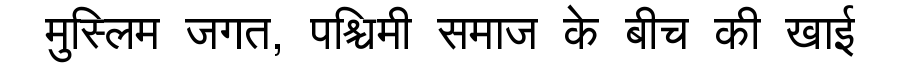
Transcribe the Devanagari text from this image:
मुस्लिम जगत, पश्चिमी समाज के बीच की खाई